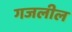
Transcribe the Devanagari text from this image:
गजलील